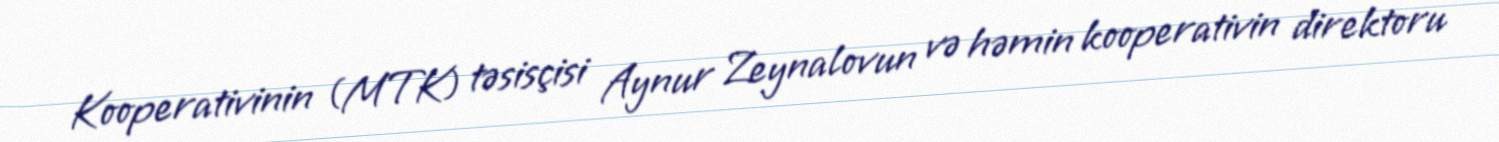
Kooperativinin (MTK) təsisçisi Aynur Zeynalovun və həmin kooperativin direktoru